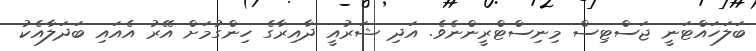
ބަލަހައްޓަނީ ޖަސްޓިސް މިނިސްޓްރީންނެވެ. އަދި ޝަރުއީ ދާއިރާގެ ހިންގުމަށް އޭރު އެއައި ބަދަލާއެކު